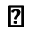
\pmb \triangledown